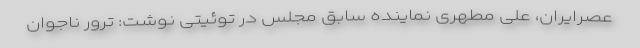
عصرایران، علی مطهری نماینده سابق مجلس در توئیتی نوشت: ترور ناجوان